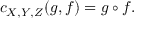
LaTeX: c _ { X , Y , Z } ( g , f ) = g \circ f .